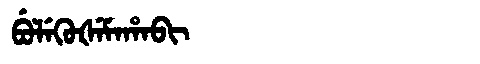
Manchu: ᠪᡠᠯᡝᡴᡠᡧᡝᠮᠠᡥᠠᠪᡳ
Romanization: BULEKUŠEMAHABI